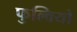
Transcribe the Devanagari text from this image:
फुल्वियो